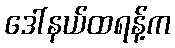
ဒေါ်နယ်ထရန့်က